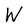
Character: W